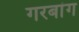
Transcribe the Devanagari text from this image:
गरबांग